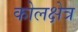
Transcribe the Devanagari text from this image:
कोलक्षेत्र